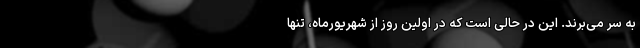
به سر می‌برند. این در حالی است که در اولین روز از شهریورماه، تنها